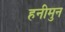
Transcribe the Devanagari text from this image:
हनीमुन